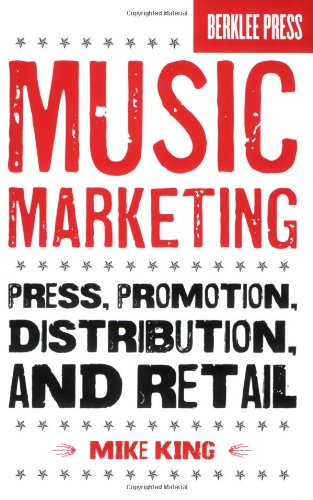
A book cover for Music Marketing: Press, Promotion, Distribution, and Retail; Mike King; Arts & Photography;